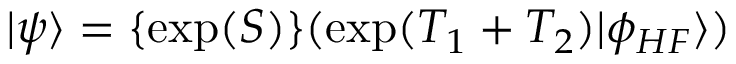
| \psi \rangle = \{ \exp ( S ) \} ( \exp ( T _ { 1 } + T _ { 2 } ) | \phi _ { H F } \rangle )